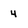
Character: 4